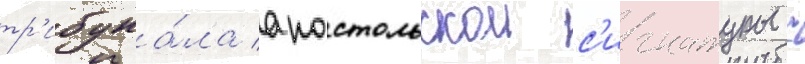
тр'ибуна́ла апостольскои с'игнатуры с